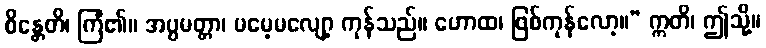
စိန္တေတိ၊ ကြံ၏။ အပ္ပမတ္တာ၊ မမေ့မလျော့ ကုန်သည်။ ဟောထ၊ ဖြစ်ကုန်လော့။” ဣတိ၊ ဤသို့။